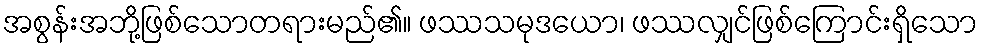
အစွန်းအဘို့ဖြစ်သောတရားမည်၏။ ဖဿသမုဒယော၊ ဖဿလျှင်ဖြစ်ကြောင်းရှိသော